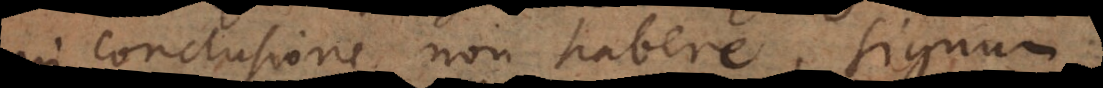
in conclusione non habere, signum